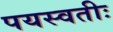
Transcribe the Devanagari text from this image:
पयस्वतीः